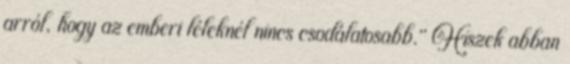
arról, hogy az emberi léleknél nincs csodálatosabb." Hiszek abban